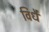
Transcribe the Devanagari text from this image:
विधै